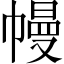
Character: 幔